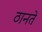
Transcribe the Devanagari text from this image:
ठानते